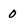
Character: 0